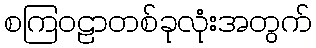
စကြဝဠာတစ်ခုလုံးအတွက်